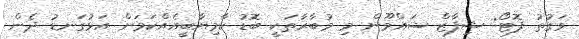
ވަގުތު ފޮޓޯ: ޝިފާޒް ޝައްމޫން މި މުބާރާތަކީ ބޮޑު ކާމިޔާބީއެއްކަމަށް އަޅުގަނޑު ދެން